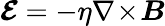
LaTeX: \boldsymbol{\mathcal{E}}=-\eta\nabla\! \times\! \boldsymbol{B}